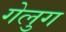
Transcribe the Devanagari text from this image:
गेलुग